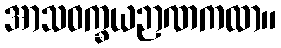
အာသဝက္ခယဉာဏကထာ။